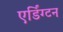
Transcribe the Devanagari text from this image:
एर्डिंग्टन